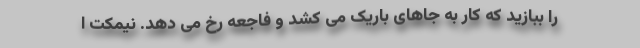
را ببازید که کار به جاهای باریک می کشد و فاجعه رخ می دهد. نیمکت ا